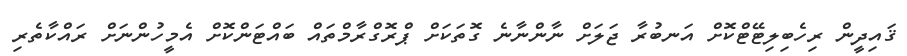
ޤައިދީން ރިހެބިލިޓޭޓްކޮށް އަނބުރާ ޖަލަށް ނާންނާނެ ގޮތަކަށް ޕްރޮގްރާމްތައް ބައްޓަންކޮށް އެމީހުންނަށް ރައްކާތެރި